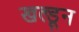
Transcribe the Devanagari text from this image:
खल्डून